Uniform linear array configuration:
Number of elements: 64
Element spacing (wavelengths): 0.75
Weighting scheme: cosine
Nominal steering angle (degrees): -30
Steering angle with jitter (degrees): -31.575
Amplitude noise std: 0.05
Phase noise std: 0.05

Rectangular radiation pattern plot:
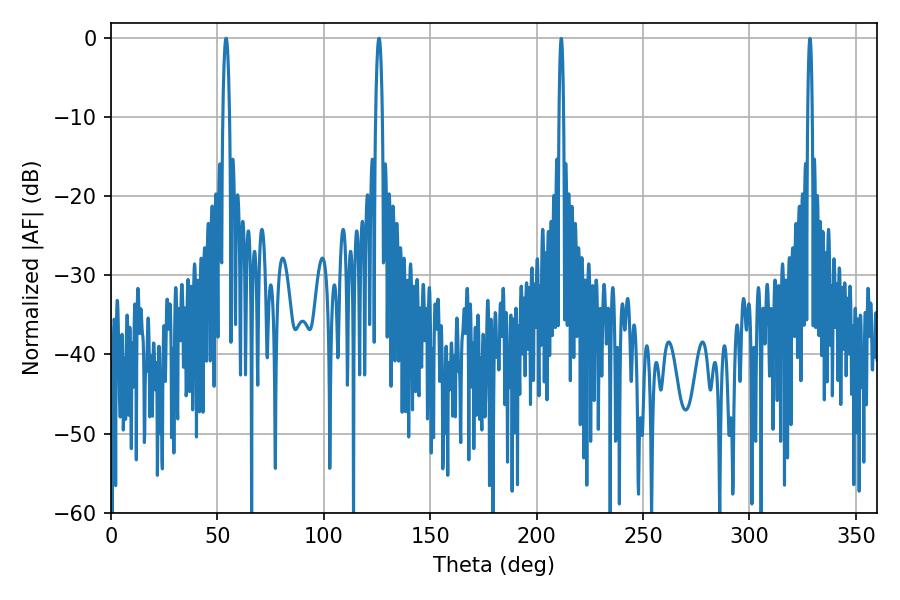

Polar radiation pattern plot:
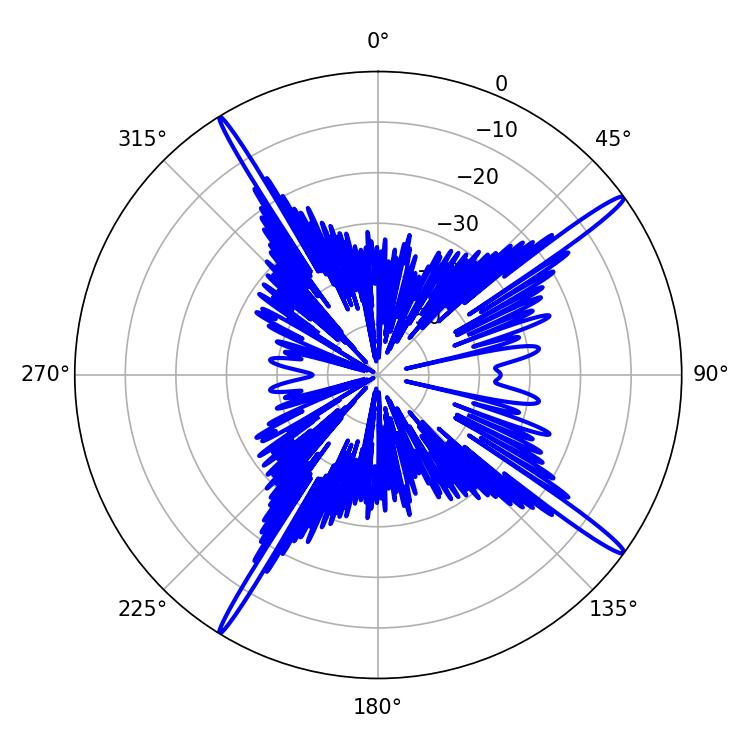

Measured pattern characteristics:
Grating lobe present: TRUE
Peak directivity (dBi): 17.895
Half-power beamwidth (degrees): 1.62
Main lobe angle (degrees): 54